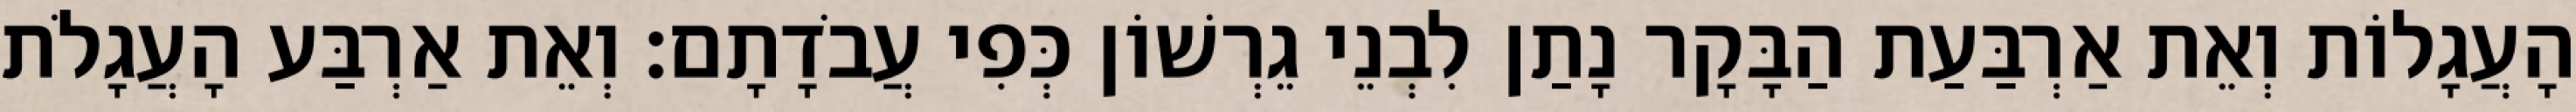
הָעֲגָלוֹת וְאֵת אַרְבַּעַת הַבָּקָר נָתַן לִבְנֵי גֵרְשׁוֹן כְּפִי עֲבֹדָתָם׃ וְאֵת אַרְבַּע הָעֲגָלֹת